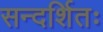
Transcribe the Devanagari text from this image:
सन्दर्शितः